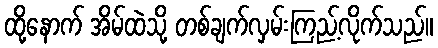
ထို့နောက် အိမ်ထဲသို့ တစ်ချက်လှမ်းကြည့်လိုက်သည်။